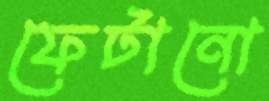
ফেটানো